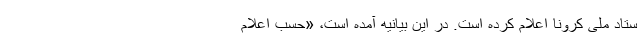
ستاد ملی کرونا اعلام کرده است. در این بیانیه آمده است، «حسب اعلام